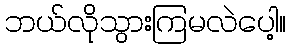
ဘယ်လိုသွားကြမလဲပေါ့။